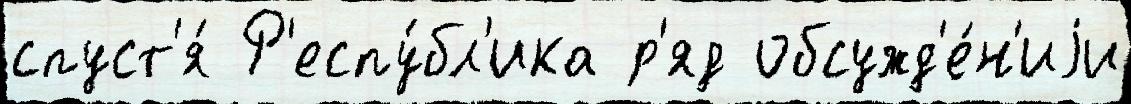
спуст'я́ Р'еспу́бл'ика р'яд обсужд'е́н'иjи